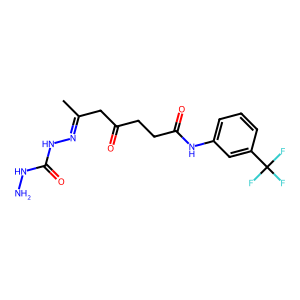
SMILES: CC(CC(=O)CCC(=O)Nc1cccc(C(F)(F)F)c1)=NNC(=O)NN
Inhibits HIV replication: No